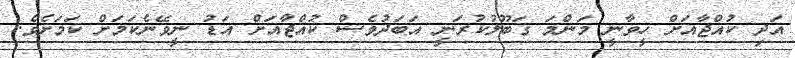
އަދި ކުއްޖާއަށް ހީވާނީ މަންމަ ގަބޫލުކުރަނީ އަބަދުވެސް ކުއްޖާއަށް އަޑު ނީވޭނެކަމަށް ކަމަށެވެ.